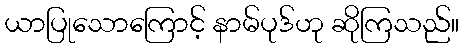
ယာပြုသောကြောင့် နာမ်ပုဒ်ဟု ဆိုကြသည်။